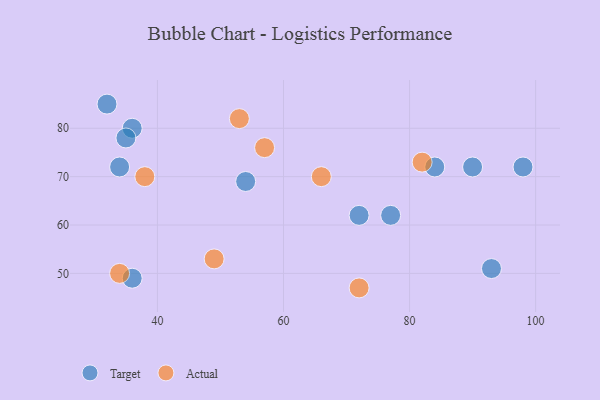
{"axis": {"x": "GDP", "y": "Life Expectancy"}, "legend": ["Actual", "Target"], "data": [{"x": "34", "y": 72, "type": "Target"}, {"x": "32", "y": 85, "type": "Target"}, {"x": "72", "y": 62, "type": "Target"}, {"x": "90", "y": 72, "type": "Target"}, {"x": "93", "y": 51, "type": "Target"}, {"x": "36", "y": 80, "type": "Target"}, {"x": "84", "y": 72, "type": "Target"}, {"x": "54", "y": 69, "type": "Target"}, {"x": "36", "y": 49, "type": "Target"}, {"x": "35", "y": 78, "type": "Target"}, {"x": "77", "y": 62, "type": "Target"}, {"x": "98", "y": 72, "type": "Target"}, {"x": "57", "y": 76, "type": "Actual"}, {"x": "38", "y": 70, "type": "Actual"}, {"x": "53", "y": 82, "type": "Actual"}, {"x": "66", "y": 70, "type": "Actual"}, {"x": "34", "y": 50, "type": "Actual"}, {"x": "72", "y": 47, "type": "Actual"}, {"x": "49", "y": 53, "type": "Actual"}, {"x": "82", "y": 73, "type": "Actual"}]}